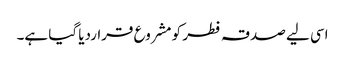
اسی لیے صدقہ فطر کو مشروع قراردیا گیا ہے۔